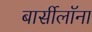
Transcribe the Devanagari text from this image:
बार्सीलॉना